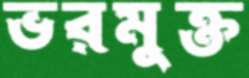
ভরমুক্ত